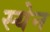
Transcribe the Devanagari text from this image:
स्येन